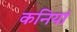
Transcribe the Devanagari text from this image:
कनियां